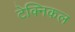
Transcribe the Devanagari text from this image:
टेक्‍निकल